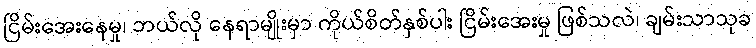
ငြိမ်းအေးနေမှု၊ ဘယ်လို နေရာမျိုးမှာ ကိုယ်စိတ်နှစ်ပါး ငြိမ်းအေးမှု ဖြစ်သလဲ၊ ချမ်းသာသုခ